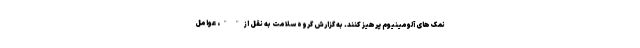
نمک های آلومینیوم پرهیز کنند. به گزارش گروه سلامت به نقل از " "، عوامل